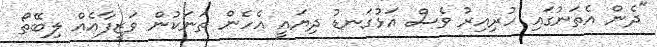
"ދެން އެތަނުގައި ހުރިއިރު ވެސް އަޅުގަނޑު ދިޔައީ އެހެން ތަނަކުން ވަޒީފާއެއް ލިބޭތޯ